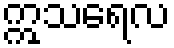
ဣသရေလ